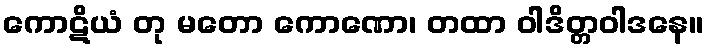
ကောဋိယံ တု မတော ကောဏော၊ တထာ ဝါဒိတ္တဝါဒနေ။